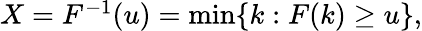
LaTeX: \begin{array}{r}{X=F^{-1}(u)=\operatorname*{min}\{ k:F(k)\geq u\} ,}\end{array}